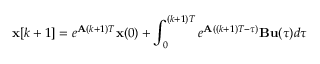
\mathbf { x } [ k + 1 ] = e ^ { \mathbf { A } ( k + 1 ) T } \mathbf { x } ( 0 ) + \int _ { 0 } ^ { ( k + 1 ) T } e ^ { \mathbf { A } ( ( k + 1 ) T - \tau ) } \mathbf { B } \mathbf { u } ( \tau ) d \tau